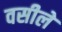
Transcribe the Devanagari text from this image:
वसीले